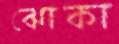
ঝোকা